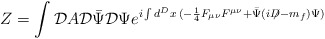
\begin{align*}Z=\int {\cal D} A {\cal D}\bar{\Psi} {\cal D} \Psi e^{i\int d^{D}x\: (-\frac{1}{4}F_{\mu\nu}F^{\mu\nu}+\bar{\Psi}(i \: \not \!D-m_{f})\Psi)}\end{align*}